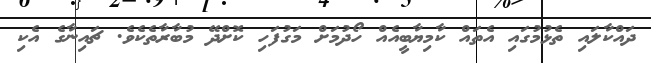
ދައްކާލައި ތެޅުމުގައި އެތައް ކާމިޔާބީއެއް ހޯދުމަށް މަގުފަހި ކޮށްދޭ މުބާރާތެކެވެ. ޗައިނާގެ އެކި